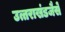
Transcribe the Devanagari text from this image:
उत्तराखंडजैसे